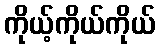
ကိုယ့်ကိုယ်ကိုယ်